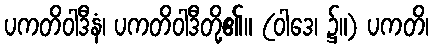
ပကတိဝါဒီနံ၊ ပကတိဝါဒီတို့၏။ (ဝါဒေ၊ ၌။) ပကတိ၊